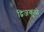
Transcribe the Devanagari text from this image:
द्विजकुळे